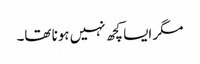
مگر ایسا کچھ نہیں ہونا تھا۔